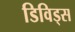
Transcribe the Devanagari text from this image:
डिविड्स